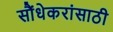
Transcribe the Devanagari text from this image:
सौंधेकरांसाठी